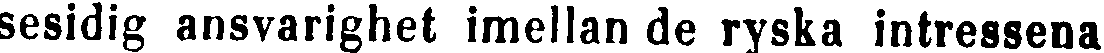
sesidig ansvarighet imellan de ryska intressena